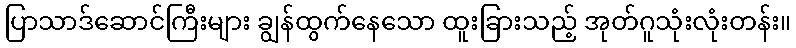
ပြာသာဒ်ဆောင်ကြီးများ ချွန်ထွက်နေသော ထူးခြားသည့် အုတ်ဂူသုံးလုံးတန်း။